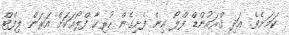
ކަމަށެވެ. އަދި ގްރައުންޑް ފްލޯ އިން ފެށިގެން ހުރިހާ ފްލޯއަކަށް އަރަން ލިފްޓް